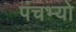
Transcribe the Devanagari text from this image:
पंचभ्यो